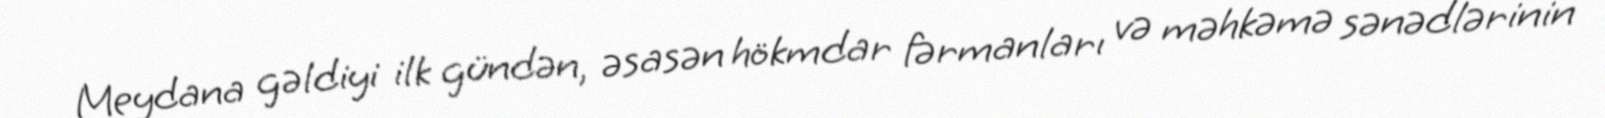
Meydana gəldiyi ilk gündən, əsasən hökmdar fərmanları və məhkəmə sənədlərinin